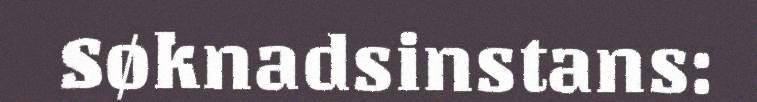
Søknadsinstans: